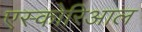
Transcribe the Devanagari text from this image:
एस्कोरिआल